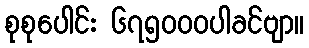
စုစုပေါင်း ၆၇၅၀၀၀ပါခင်ဗျာ။